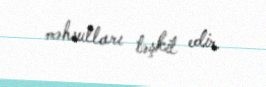
məhsulları təşkil edir.